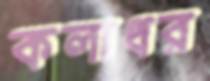
কলাধর